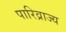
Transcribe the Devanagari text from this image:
पारिव्राज्य